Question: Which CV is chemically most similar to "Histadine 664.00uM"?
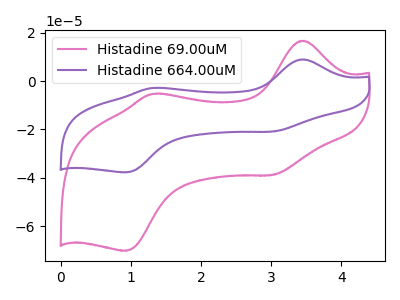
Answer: <think>The pink curve "Histadine 69.00uM" has anodic peaks at (3.45V, 16.75uA) (1.30V, -5.25uA) and cathodic peaks at (3.00V, -38.80uA) (0.95V, -70.25uA). The purple curve "Histadine 664.00uM" has anodic peaks at (3.45V, 9.00uA) (1.30V, -2.85uA) and cathodic peaks at (3.00V, -20.85uA) (0.95V, -37.75uA).
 All the peaks in "Histadine 69.00uM" have a peak in "Histadine 664.00uM" at the same potential.</think>
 <answer>The CV with the most similar shape to "Histadine 69.00uM" is "Histadine 664.00uM".</answer>
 <eval>"Histadine 664.00uM"</eval>